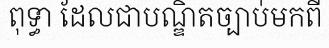
ពុទ្ធា ដែលជាបណ្ឌិតច្បាប់មកពី